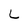
Character: L